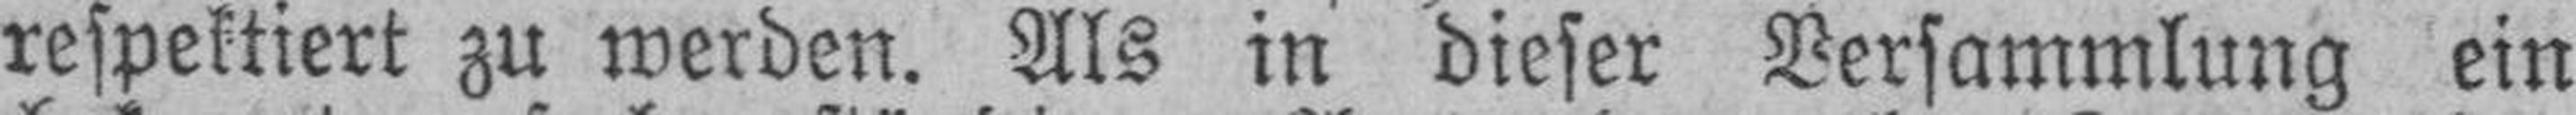
respektiert zu werden. Als in dieser Versammlung ein